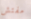
مفتش